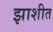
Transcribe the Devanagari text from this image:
झाशीत